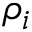
\rho _ { i }